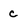
Character: c